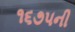
૧૬૭૫ની